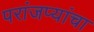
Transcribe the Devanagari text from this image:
परांजप्यांचा